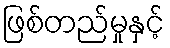
ဖြစ်တည်မှုနှင့်